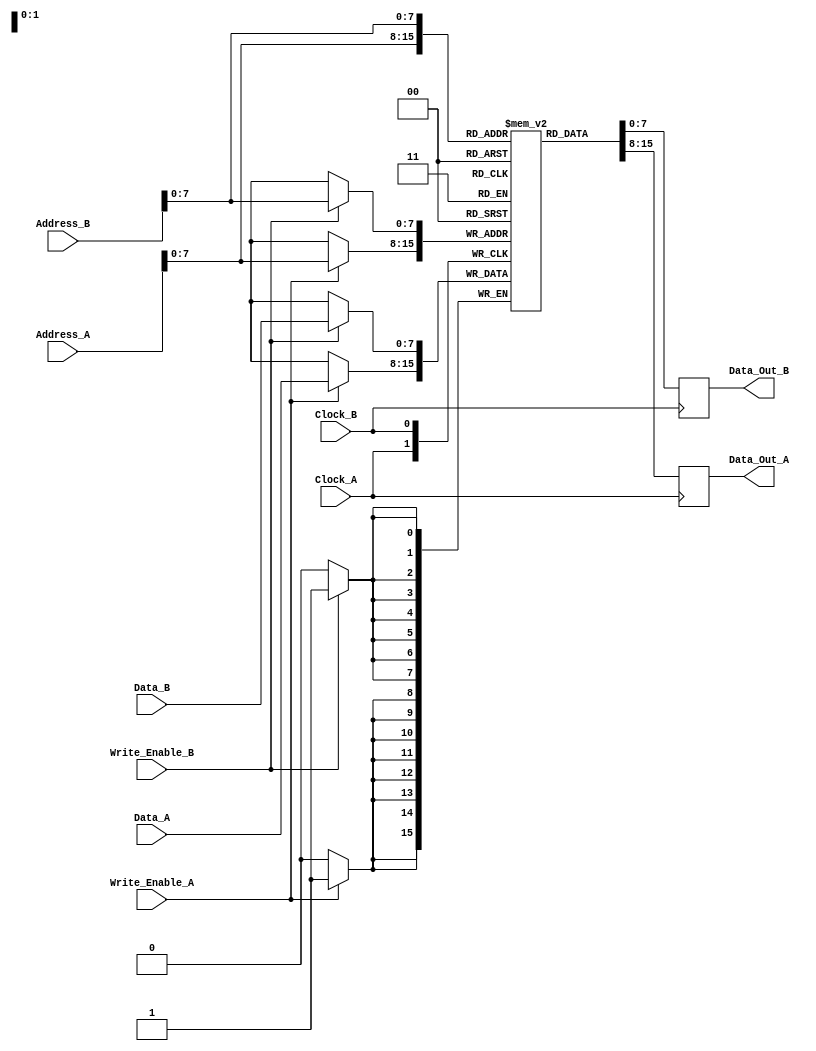
module dual_port_ram #(
    parameter N = 256, // Number of words (depth)
    parameter M = 8    // Width of each word (bits)
)(
    input wire [N-1:0] Address_A,   // Address for Port A
    input wire [M-1:0] Data_A,       // Data input for Port A
    input wire Write_Enable_A,        // Write enable for Port A
    input wire Clock_A,               // Clock for Port A
    output reg [M-1:0] Data_Out_A,   // Data output for Port A

    input wire [N-1:0] Address_B,   // Address for Port B
    input wire [M-1:0] Data_B,       // Data input for Port B
    input wire Write_Enable_B,        // Write enable for Port B
    input wire Clock_B,               // Clock for Port B
    output reg [M-1:0] Data_Out_B    // Data output for Port B
);

    // Memory array declaration
    reg [M-1:0] memory [0:N-1];

    // Port A operations
    always @(posedge Clock_A) begin
        if (Write_Enable_A) begin
            memory[Address_A] <= Data_A; // Write data to memory
        end
        Data_Out_A <= memory[Address_A]; // Read data from memory
    end

    // Port B operations
    always @(posedge Clock_B) begin
        if (Write_Enable_B) begin
            memory[Address_B] <= Data_B; // Write data to memory
        end
        Data_Out_B <= memory[Address_B]; // Read data from memory
    end

endmodule